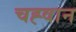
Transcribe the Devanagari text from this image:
चह्वान